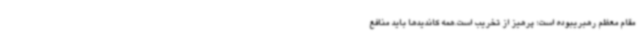
مقام معظم رهبریبوده است؛ پرهیز از تخریب است.همه کاندیدها باید منافع